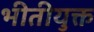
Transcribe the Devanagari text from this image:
भीतीयुक्त